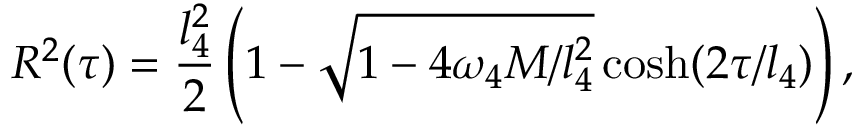
R ^ { 2 } ( \tau ) = \frac { l _ { 4 } ^ { 2 } } { 2 } \left( 1 - \sqrt { 1 - 4 \omega _ { 4 } M / l _ { 4 } ^ { 2 } } \cosh ( 2 \tau / l _ { 4 } ) \right) ,